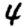
Digit: 4